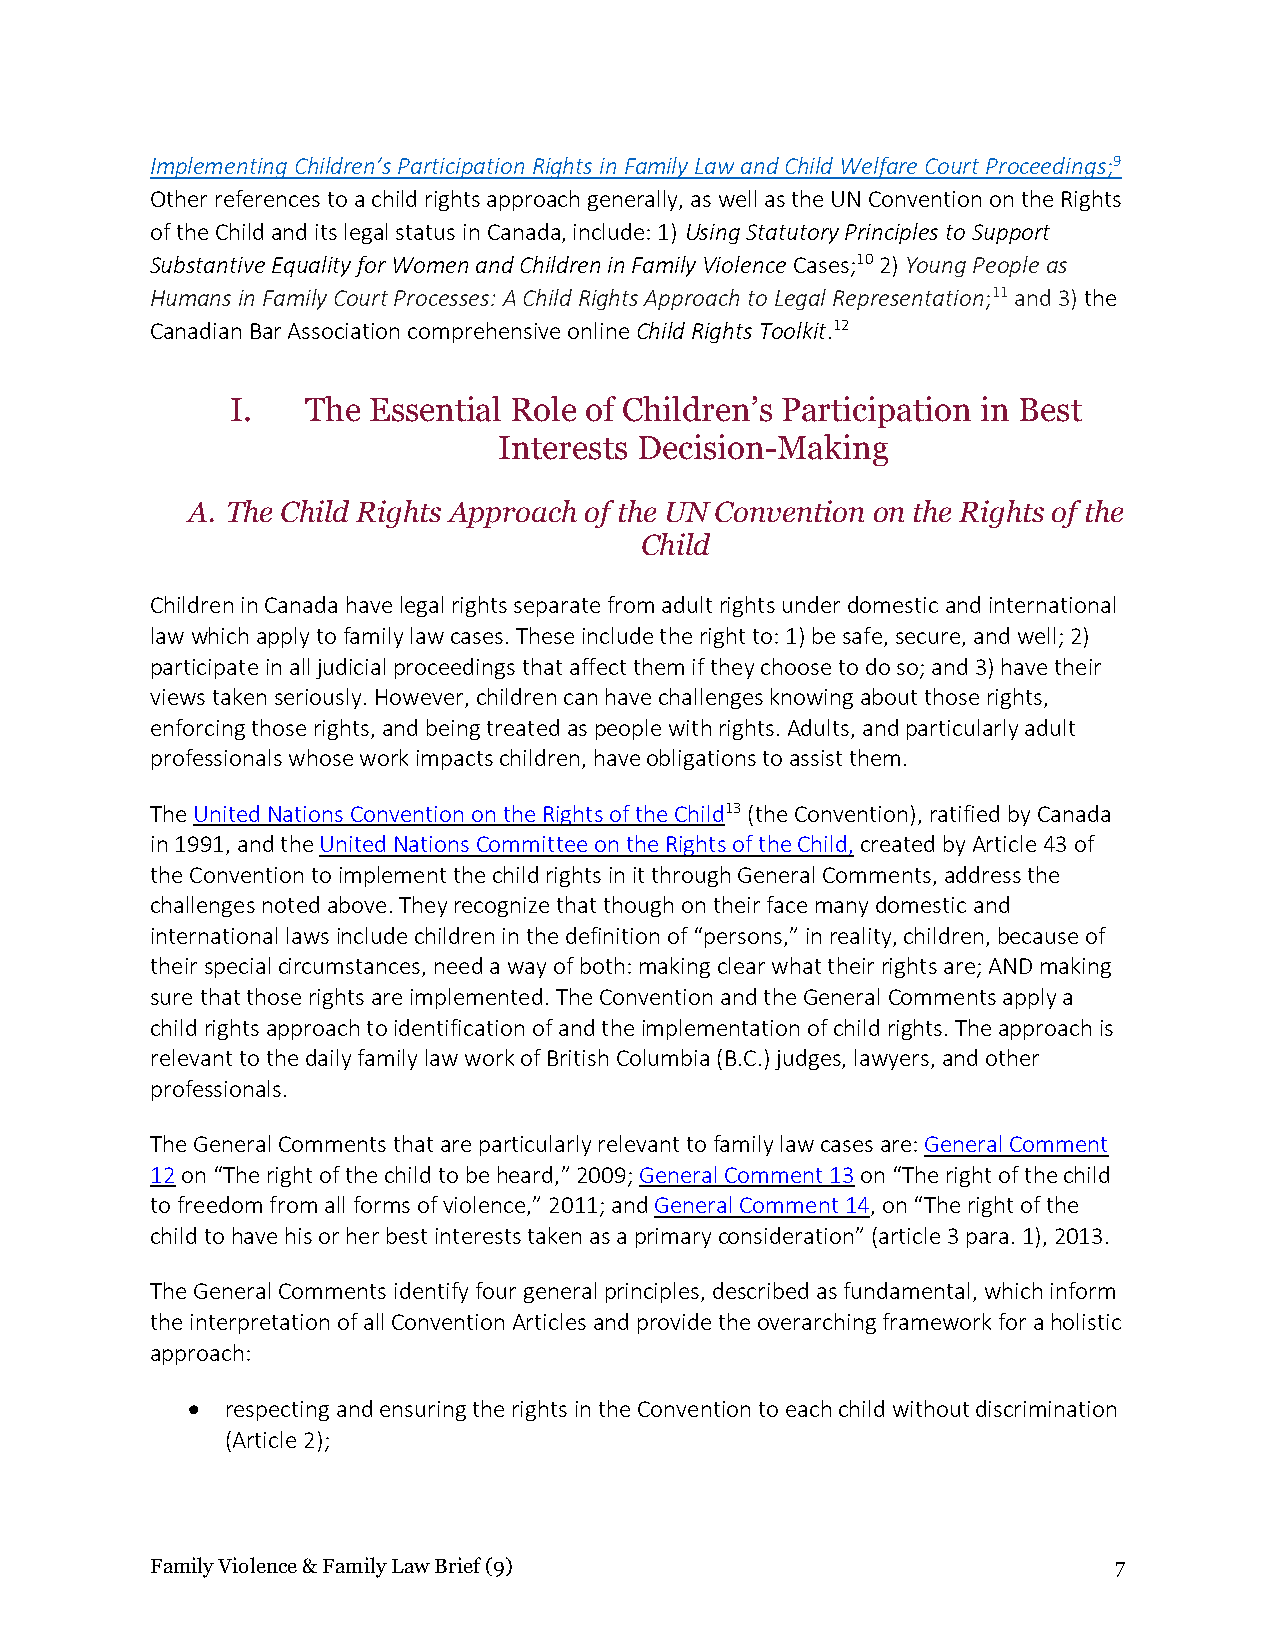
Implementing Children’s Participation Rights in Family Law and Child Welfare Court Proceedings;9
 Other references to a child rights approach generally, as well as the UN Convention on the Rights
 of the Child and its legal status in Canada, include: 1) Using Statutory Principles to Support
 Substantive Equality for Women and Children in Family Violence Cases;10 2) Young People as
 Humans in Family Court Processes: A Child Rights Approach to Legal Representation;11 and 3) the
 Canadian Bar Association comprehensive online Child Rights Toolkit.12
 I.   The Essential Role of Children’s Participation in Best
 Interests Decision-Making
 A. The Child Rights Approach of the UN Convention on the Rights of the
 Child
 Children in Canada have legal rights separate from adult rights under domestic and international
 law which apply to family law cases. These include the right to: 1) be safe, secure, and well; 2)
 participate in all judicial proceedings that affect them if they choose to do so; and 3) have their
 views taken seriously. However, children can have challenges knowing about those rights,
 enforcing those rights, and being treated as people with rights. Adults, and particularly adult
 professionals whose work impacts children, have obligations to assist them.
 The United Nations Convention on the Rights of the Child13 (the Convention), ratified by Canada
 in 1991, and the United Nations Committee on the Rights of the Child, created by Article 43 of
 the Convention to implement the child rights in it through General Comments, address the
 challenges noted above. They recognize that though on their face many domestic and
 international laws include children in the definition of “persons,” in reality, children, because of
 their special circumstances, need a way of both: making clear what their rights are; AND making
 sure that those rights are implemented. The Convention and the General Comments apply a
 child rights approach to identification of and the implementation of child rights. The approach is
 relevant to the daily family law work of British Columbia (B.C.) judges, lawyers, and other
 professionals.
 The General Comments that are particularly relevant to family law cases are: General Comment
 12 on “The right of the child to be heard,” 2009; General Comment 13 on “The right of the child
 to freedom from all forms of violence,” 2011; and General Comment 14, on “The right of the
 child to have his or her best interests taken as a primary consideration” (article 3 para. 1), 2013.
 The General Comments identify four general principles, described as fundamental, which inform
 the interpretation of all Convention Articles and provide the overarching framework for a holistic
 approach:
 •  respecting and ensuring the rights in the Convention to each child without discrimination
 (Article 2);
 Family Violence & Family Law Brief (9)                          7